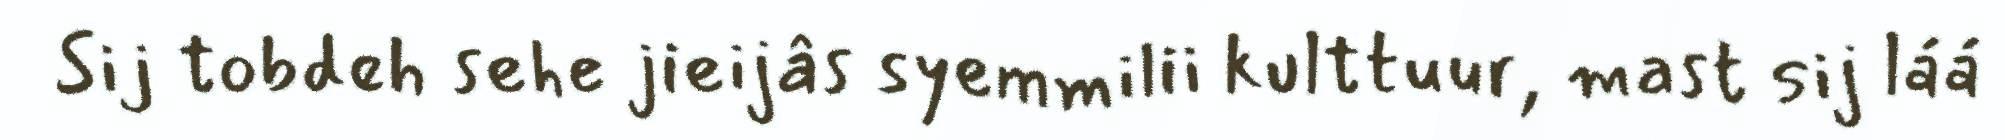
Sij tobdeh sehe jieijâs syemmilii kulttuur, mast sij láá